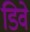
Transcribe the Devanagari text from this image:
डिवे